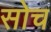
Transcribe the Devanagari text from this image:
सोच